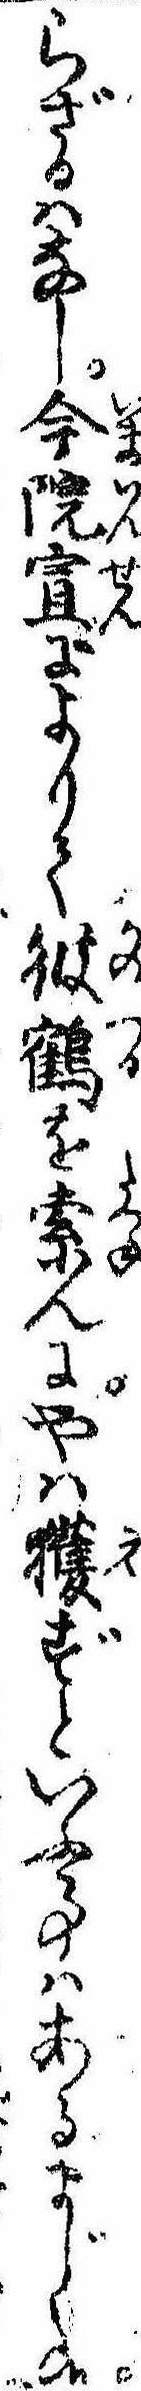
らざるはなし今院宣によりて彼鶴を索んにやは獲ずといふ事はあるまじく候